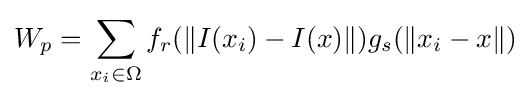
W_{p}=\sum _{x_{i}\in \Omega }{f_{r}(\|I(x_{i})-I(x)\|)g_{s}(\|x_{i}-x\|)}